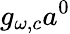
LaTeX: g_{\omega,c}a^{0}